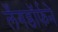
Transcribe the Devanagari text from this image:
लँगडॉर्फने